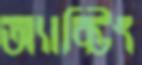
অ্যাক্টিং